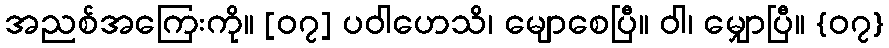
အညစ်အကြေးကို။ [၀၇] ပဝါဟေသိ၊ မျောစေပြီ။ ဝါ၊ မျှောပြီ။ {၀၇}